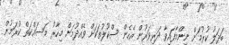
ބަދަލު ކުރުމަށް ނިންމާފައިވާ ދަރިވަރުން އެހެން ސްކޫލުތަކަށް ވެއްދުމަށް މިހާރު މަސައްކަތް ކުރަމުން